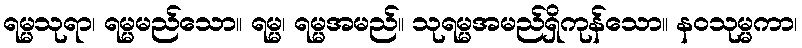
ရမ္မသုရာ၊ ရမ္မမည်သော။ ရမ္မ၊ ရမ္မအမည်။ သုရမ္မအမည်ရှိကုန်သော။ နဝသုမ္မကာ၊